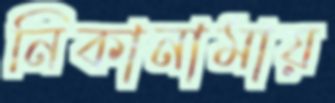
নিকানামায়